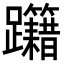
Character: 𨈁